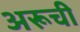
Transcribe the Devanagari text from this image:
अरूची